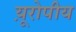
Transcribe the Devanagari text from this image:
य़ूरोपीय